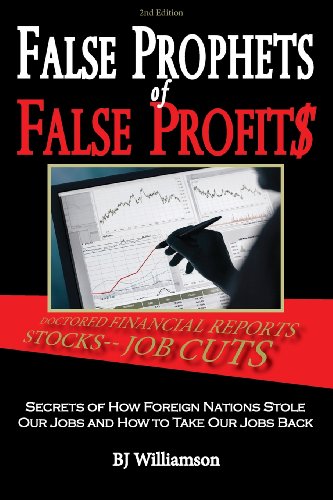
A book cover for False Prophets of False Profits: Secrets of How Foreign Nations Stole Our Jobs and How to Take Our Jobs Back; BJ Williamson; Business & Money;